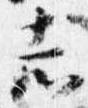
志